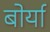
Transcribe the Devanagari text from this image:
बोर्या